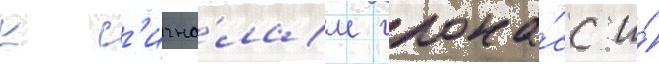
к с'игна́лам глона́сс и́